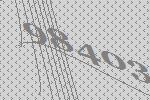
98403